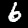
Label: 6